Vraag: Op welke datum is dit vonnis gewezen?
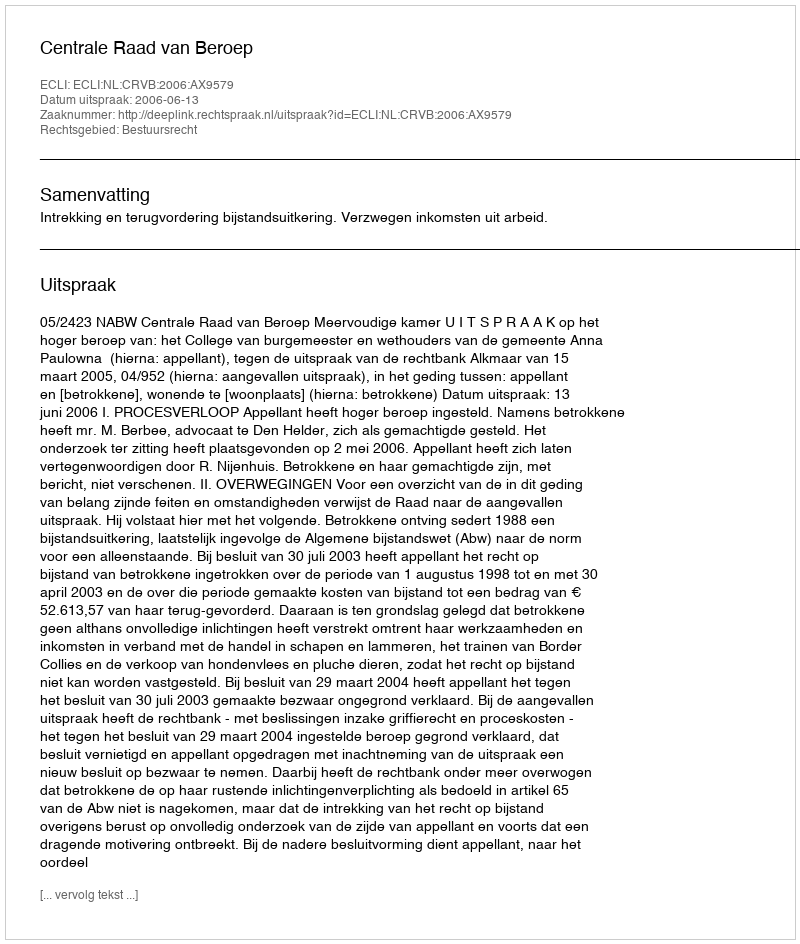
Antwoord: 2006-06-13